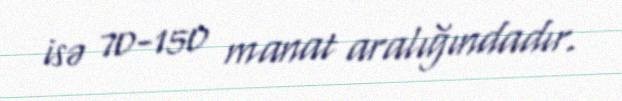
isə 70-150 manat aralığındadır.